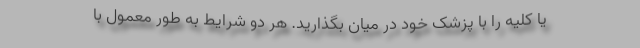
یا کلیه را با پزشک خود در میان بگذارید. هر دو شرایط به طور معمول با